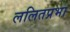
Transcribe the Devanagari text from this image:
ललितप्रभा